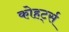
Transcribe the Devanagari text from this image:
कोहर्ट्स